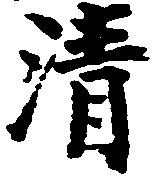
清